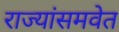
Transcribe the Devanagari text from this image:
राज्यांसमवेत